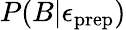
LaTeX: P(B|\epsilon_{\mathrm{prep}})